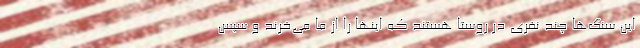
این سنگ‌ها چند نفری در روستا هستند که اینها را از ما می‌خرند و سپس